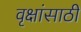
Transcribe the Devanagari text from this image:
वृक्षांसाठी